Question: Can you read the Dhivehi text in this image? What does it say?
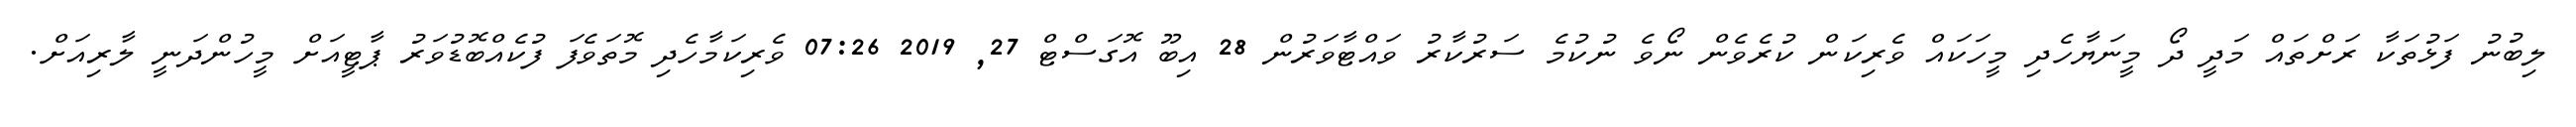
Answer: ލިބުނު ފަޅުތަކާ ރަށްތައް މަދީ ދޯ މީނަޔާހެދި މީހަކައް ވެރިކަން ކުރެވެން ނޯވެ ނުކުމެ ސަރުކާރު ވައްޓާވަރުން 28 އިބޫ އޮގަސްޓް 27, 2019 07:26 ވެރިކަމާހެދި މޮތަވެފަ ފުކެއްބޮޑުވަރު ޕާޓީއަށް މީހުންދަނީ ލާރިއަށް.